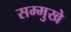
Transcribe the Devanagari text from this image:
सम्मुखे